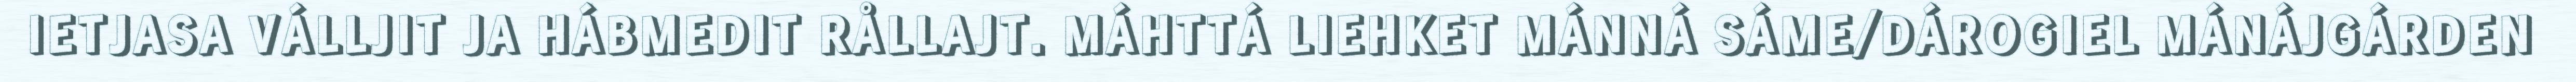
IETJASA VÁLLJIT JA HÁBMEDIT RÅLLAJT. MÁHTTÁ LIEHKET MÁNNÁ SÁME/DÁROGIEL MÁNÁJGÁRDEN